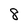
Character: 8